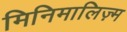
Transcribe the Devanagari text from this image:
मिनिमालिज़्म